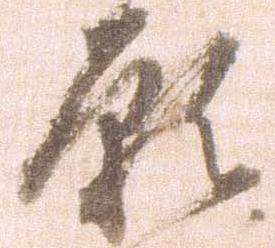
願